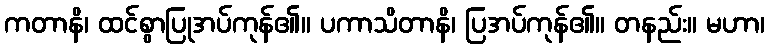
ကတာနိ၊ ထင်စွာပြုအပ်ကုန်၏။ ပကာသိတာနိ၊ ပြအပ်ကုန်၏။ တနည်း။ မဟာ၊